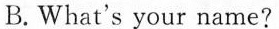
B. What's your name?